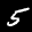
Label: 5